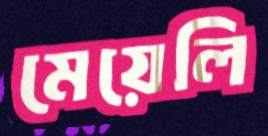
মেয়েলি